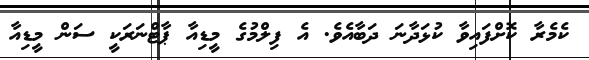
ކެމެރާ ކޮށްފައިވާ ކުޅަދާނަ ދަބާއެވެ. އެ ފިލްމުގެ މީޑިއާ ޕާޓްނަރަކީ ސަން މީޑިއާ